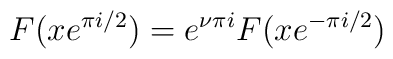
F(xe^{\pi i/2})=e^{\nu \pi i}F(xe^{-\pi i/2})